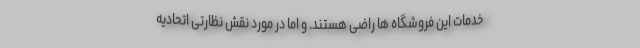
خدمات این فروشگاه ها راضی هستند. و اما در مورد نقش نظارتی اتحادیه